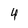
Character: 4